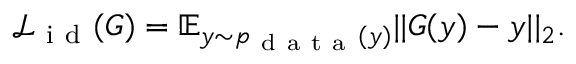
\begin{array} { r } { \mathcal { L } _ { \mathrm { ~ i ~ d ~ } } ( G ) = \mathbb { E } _ { y \sim p _ { \mathrm { ~ d ~ a ~ t ~ a ~ } } ( y ) } | | G ( y ) - y | | _ { 2 } . } \end{array}